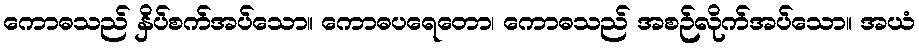
ကောဓသည် နှိပ်စက်အပ်သော။ ကောဓပရေတော၊ ကောဓသည် အစဉ်လိုက်အပ်သော။ အယံ